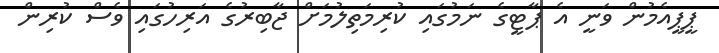
ޕީޕީއެމުން ވަނީ އެ ޕާޓީގެ ނަމުގައި ކުރިމަތިލުމަށް ޖާބިރުގެ އަރިހުގައި ވެސް ކުރިން